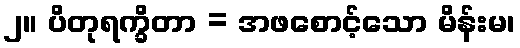
၂။ ပိတုရက္ခိတာ = အဖစောင့်သော မိန်းမ၊